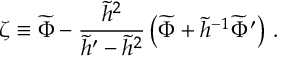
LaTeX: \zeta \equiv \widetilde { \Phi } - { \frac { \widetilde { h } ^ { 2 } } { \widetilde { h } ^ { \prime } - \widetilde { h } ^ { 2 } } } \left( \widetilde \Phi + \widetilde { h } ^ { - 1 } \widetilde { \Phi } ^ { \prime } \right) \, .